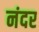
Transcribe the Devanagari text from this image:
नंदर